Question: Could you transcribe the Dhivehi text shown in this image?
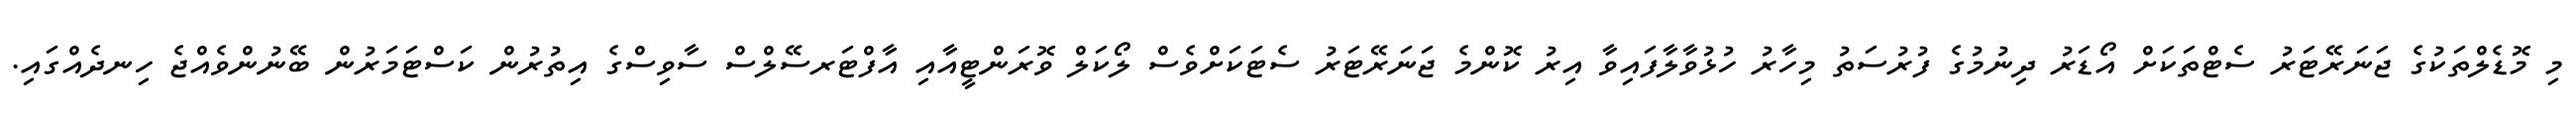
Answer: މި މޮޑެލްތަކުގެ ޖަނަރޭޓަރު ސެޓްތަކަށް އޯޑަރު ދިނުމުގެ ފުރުސަތު މިހާރު ހުޅުވާލާފައިވާ އިރު ކޮންމެ ޖަނަރޭޓަރު ސެޓަކަށްވެސް ލޯކަލް ވޮރަންޓީއާއި އާފްޓަރސޭލްސް ސާވިސްގެ އިތުރުން ކަސްޓަމަރުން ބޭނުންވެއްޖެ ހިނދެއްގައި.